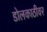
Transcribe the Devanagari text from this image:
डोलकाठीवर